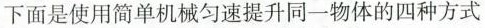
下面是使用简单机械匀速提升同一物体的四种方式